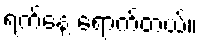
ရက်နေ့ ရောက်တယ်။